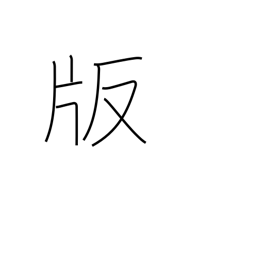
Meaning: impression